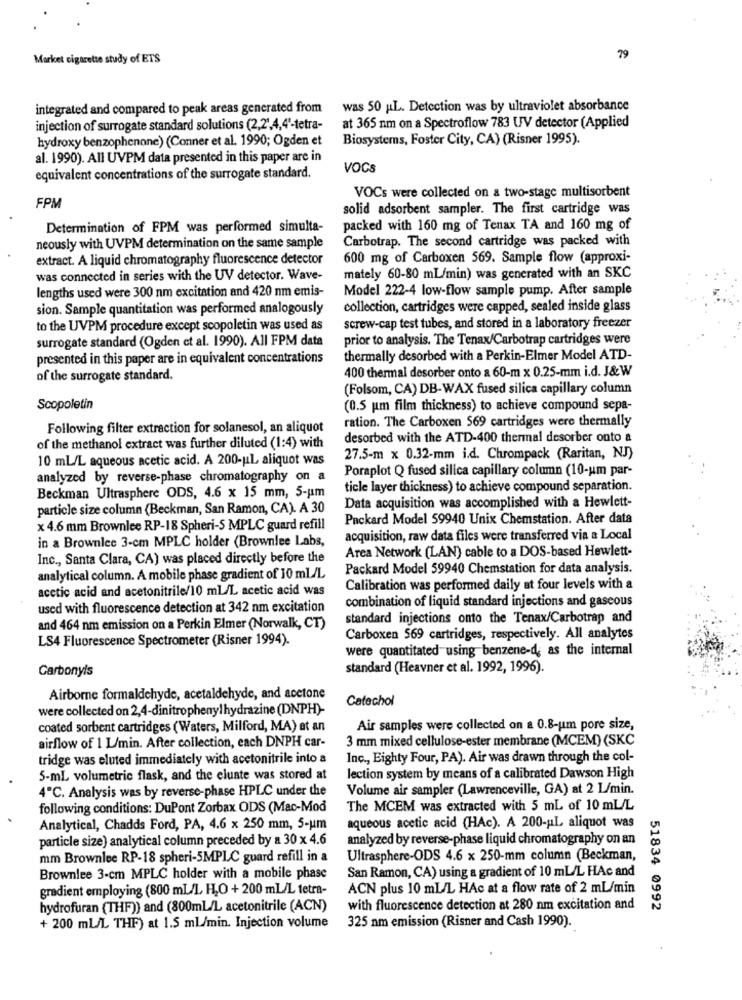
Market cigarette study of ETS
79
integrated and compared to peak areas generated from
was 50 L. Detection was by ultraviolet absorbance
injection of surrogate standard solutions (2,2',4,4'-tetra-
at 365 nm on a Spectroflow 783 UV detector (Applied
hydroxy benzophenone) (Conner et al. 1990; Ogden et
Biosystems, Foster City, CA) (Risner 1995).
al. 1990). All UVPM data presented in this paper are in
VOCS
equivalent concentrations of the surrogate standard.
VOCs were collected on a two-stage multisorbent
FPM
solid adsorbent sampler. The first cartridge was
Determination of FPM was performed simulta-
packed with 160 mg of Tenax TA and 160 mg of
Carbotrap. The second cartridge was packed with
neously with UVPM determination on the same sample
extract. A liquid chromatography fluorescence detector
600 mg of Carboxen 569. Sample flow (approxi-
was connected in series with the UV detector. Wave-
mately 60-80 mL/min) was generated with an SKC
lengths used were 300 nm excitation and 420 nm emis-
Model 222-4 low-flow sample pump. After sample
sion. Sample quantitation was performed analogously
collection, cartridges were capped, sealed inside glass
to the UVPM procedure except scopoletin was used as
screw-cap test tubes, and stored in a laboratory freezer
surrogate standard (Ogden et al. 1990). All FPM data
prior to analysis. The Tenax/Carbotrap cartridges were
presented in this paper are in equivalent concentrations
thermally desorbed with a Perkin-Elmer Model ATD-
of the surrogate standard.
400 thermal desorber onto a 60-m x 0.25-mm i.d. J&W
(Folsom, CA) DB-WAX fused silica capillary column
Scopoletin
(0.5 um film thickness) to achieve compound sepa-
ration. The Carboxen 569 cartridges were thermally
Following filter extraction for solanesol, an aliquot
desorbed with the ATD-400 thermal desorber onto a
of the methanol extract was further diluted (1:4) with
10 mL/L aqueous acetic acid. A 200-ul aliquot was
27.5-m x 0.32-mm i.d. Chrompack (Raritan, NJ)
Poraplot Q fused silica capillary column (10-um par-
analyzed by reverse-phase chromatography on a
ticle layer thickness) to achieve compound separation.
Beckman Ultrasphere ODS, 4.6 x 15 mm, 5-um
Data acquisition was accomplished with a Hewlett-
particle size column (Beckman, San Ramon, CA). A 30
Packard Model 59940 Unix Chemstation. After data
x 4.6 mm Brownlee RP-18 Spheri-S MPLC guard refill
acquisition, raw data files were transferred via a Local
in a Brownlee 3-cm MPLC holder (Brownlee Labs,
Area Network (LAN) cable to a DOS-based Hewlett-
Inc ., Santa Clara, CA) was placed directly before the
Packard Model 59940 Chemstation for data analysis.
analytical column. A mobile phase gradient of 10 ml/L
acetic acid and acetonitrile/10 ml/L acetic acid was
Calibration was performed daily at four levels with a
used with fluorescence detection at 342 nm excitation
combination of liquid standard injections and gaseous
standard injections onto the Tenax/Carbotrap and
and 464 nm emission on a Perkin Elmer (Norwalk, CT)
LS4 Fluorescence Spectrometer (Risner 1994).
Carboxen 569 cartridges, respectively. All analytes
were quantitated using benzene-d, as the internal
Carbonyls
standard (Heavner et al. 1992, 1996).
Airborne formaldehyde, acetaldehyde, and acetone
Catechol
were collected on 2,4-dinitrophenyl hydrazine (DNPH)-
coated sorbent cartridges (Waters, Milford, MA) at an
Air samples were collected on a 0.8-um pore size,
3 mm mixed cellulose-ester membrane (MCEM) (SKC
airflow of 1 L/min. After collection, each DNPH car-
tridge was eluted immediately with acetonitrile into a
Inc ., Eighty Four, PA). Air was drawn through the col-
5-mL volumetric flask, and the elunte was stored at
lection system by means of a calibrated Dawson High
4"℃. Analysis was by reverse-phase HPLC under the
Volume air sampler (Lawrenceville, GA) at 2 L/min.
following conditions: DuPont Zorbax ODS (Mac-Mod
The MCEM was extracted with 5 mL of 10 ml/L
Analytical, Chadds Ford, PA, 4.6 x 250 mm, 5-um
aqueous acetic acid (HAc). A 200-HL aliquot was
particle size) analytical column preceded by a 30 x 4.6
analyzed by reverse-phase liquid chromatography on an
mm Brownlee RP-18 spheri-5MPLC guard refill in a
Ultrasphere-ODS 4.6 x 250-mm column (Beckman,
San Ramon, CA) using a gradient of 10 mL/L HAc and
Brownlee 3-cm MPLC holder with a mobile phase
gradient employing (800 mL/L H,O +200 mL/L tetra-
ACN plus 10 mL/L HAc at a flow rate of 2 mL/min
hydrofuran (THF)) and (800ml/L acetonitrile (ACN)
with fluorescence detection at 280 nm excitation and
51834 0992
+ 200 ml/L THF) at 1.5 ml/min. Injection volume
325 nm emission (Risner and Cash 1990).